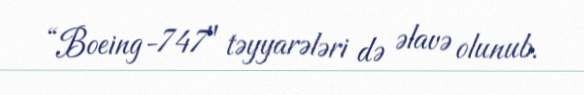
“Boeing-747" təyyarələri də əlavə olunub.